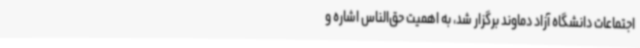
اجتماعات دانشگاه آزاد دماوند برگزار شد، به اهمیت حق‌الناس اشاره و